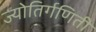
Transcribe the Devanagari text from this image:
ज्योतिर्गणिती